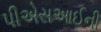
પીએસઆઈની